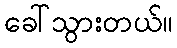
ခေါ်သွားတယ်။